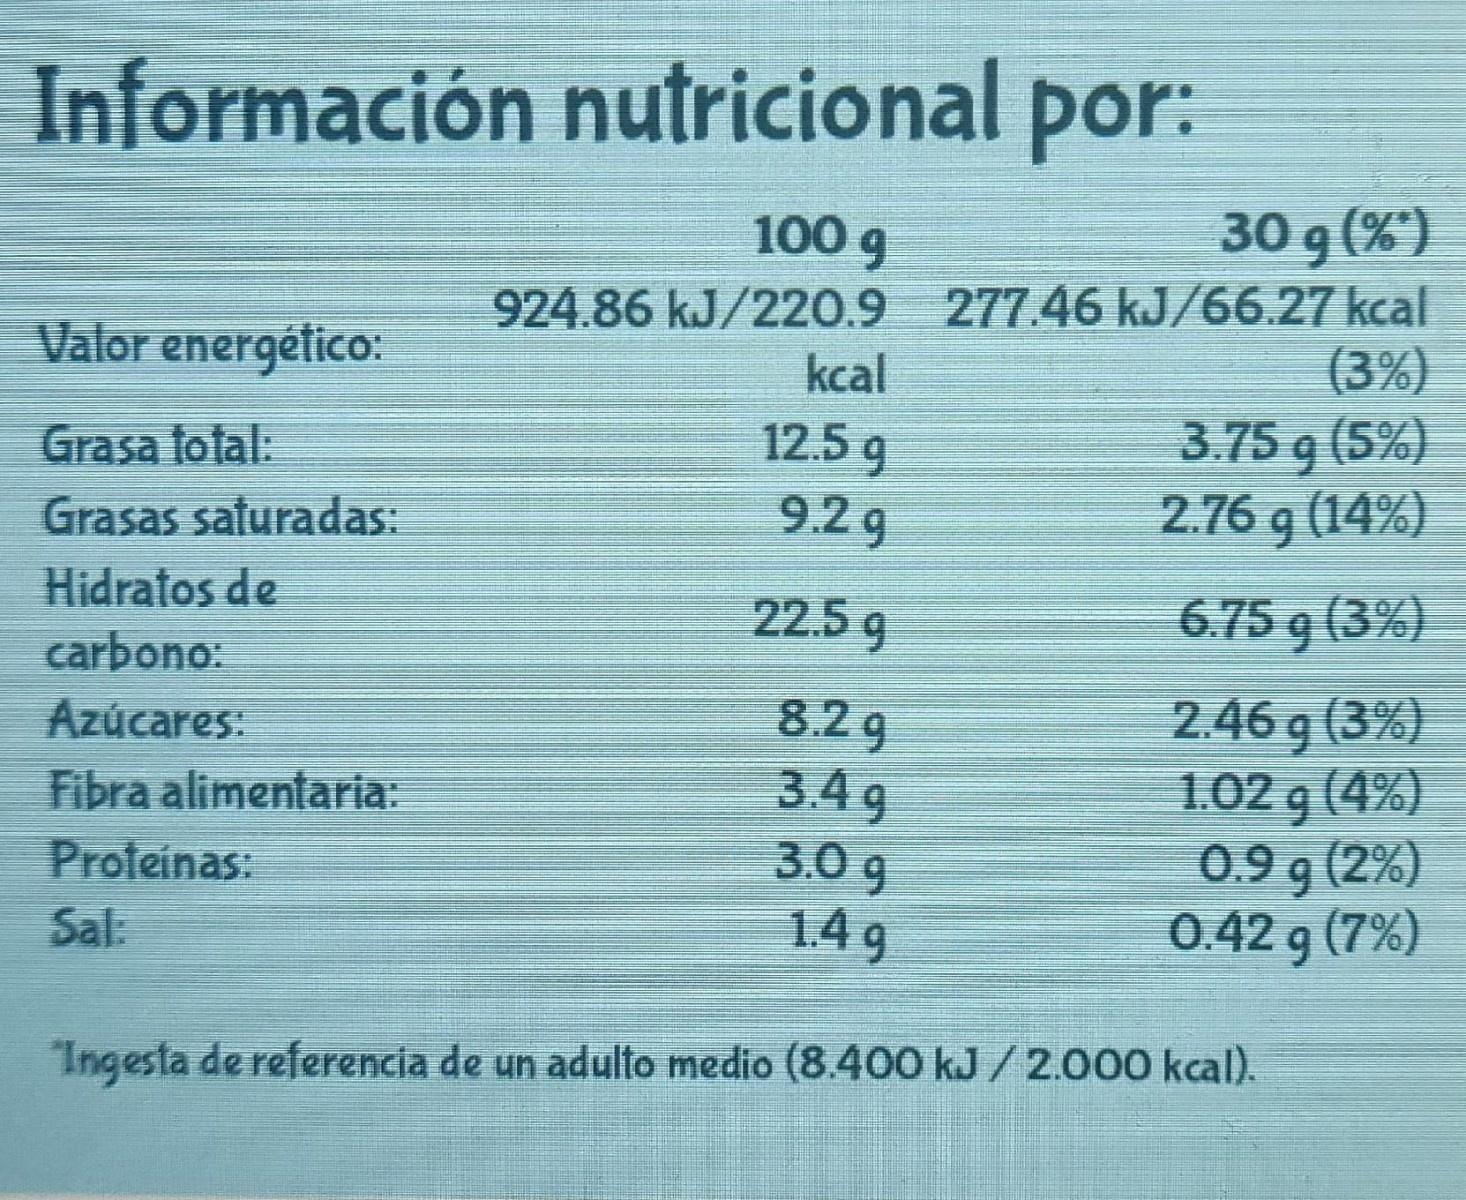
Información nutricional por:
100 g
30 g (%)
924.86 kJ/220.9 277.46 kJ/66.27 kcal (3%) 3.75 g (5%) 2.76 g (14%)
Valor energético:
kcal
12.5 g 9.2 9
Grasa total:
Grasas saturadas:
Hidratos de
22.5 g
6.75 g (3%)
carbono:
8.29 3.4 g 3.0 g 1.4 9
2.46 g (3%) 1.02 g (4%) 0.9 g (2%) 0.42 g (7%)
Azúcares:
Fibra alimentaria:
Proteinas:
Sal:
Ingesta de referencia de un adulto medio (8.400 kJ /2.000 kcal).